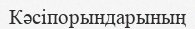
Кәсіпорындарының